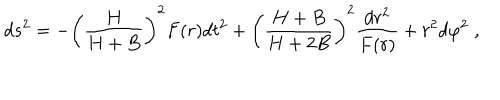
d s ^ { 2 } = - \left( \frac { H } { H + B } \right) ^ { 2 } F ( r ) d t ^ { 2 } + \left( \frac { H + B } { H + 2 B } \right) ^ { 2 } \frac { d r ^ { 2 } } { F ( r ) } + r ^ { 2 } d \varphi ^ { 2 } \; ,